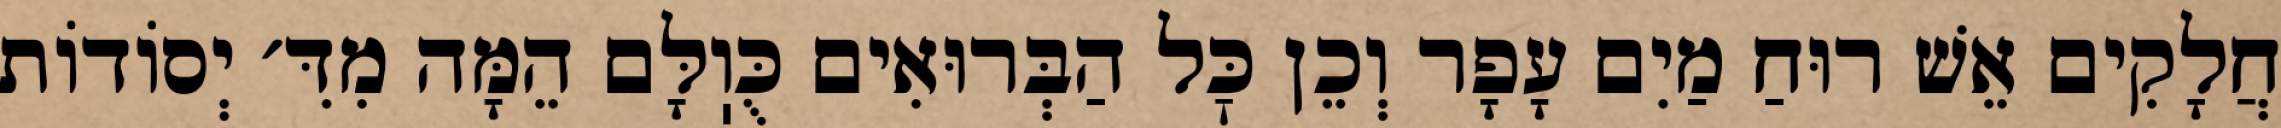
חֲלָקִים אֵשׁ רוּחַ מַיִם עָפָר וְכֵן כׇּל הַבְּרוּאִים כֻּוֽלָּם הֵמָּה מִדִּ׳ יְסוֹדוֹת